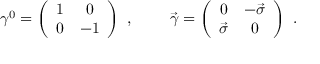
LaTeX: \gamma ^ { 0 } = \left( \begin{array} { c c } { { 1 } } & { { 0 } } \\ { { 0 } } & { { - 1 } } \end{array} \right) ~ , ~ ~ ~ ~ ~ ~ ~ \vec { \gamma } = \left( \begin{array} { c c } { { 0 } } & { { - \vec { \sigma } } } \\ { { \vec { \sigma } } } & { { 0 } } \end{array} \right) ~ .